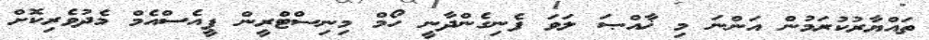
ތައްޔާރުކުރަމުން އަންނަ މި ޚާއްޞަ ލަވަ ފެނިގެންދާނީ ހޯމް މިނިސްޓްރީން ޕީއެސްއެމް މެދުވެރިކޮށް